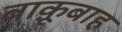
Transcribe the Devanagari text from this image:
बाक़ूबाह